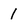
Character: 1